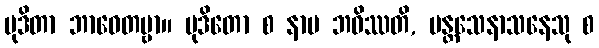
မုဒိတာ ဘာဝေတဗ္ဗာ။ မုဒိတော စ နာမ ဘဝိဿတိ, ပန္တသေနာသနေသု စ